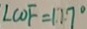
\angle C O F = 1 2 7 ^ { \circ }